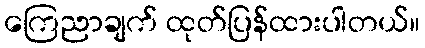
ကြေညာချက် ထုတ်ပြန်ထားပါတယ်။